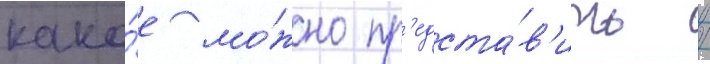
како́е мо́жно пр'едста́в'ить /